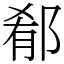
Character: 郩